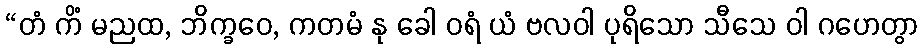
“တံ ကိံ မညထ, ဘိက္ခဝေ, ကတမံ နု ခေါ ဝရံ ယံ ဗလဝါ ပုရိသော သီသေ ဝါ ဂဟေတွာ